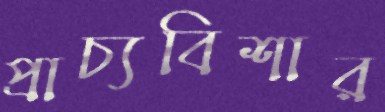
প্রাচ্যবিশার